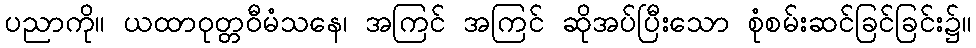
ပညာကို။ ယထာဝုတ္တဝီမံသနေ၊ အကြင် အကြင် ဆိုအပ်ပြီးသော စုံစမ်းဆင်ခြင်ခြင်း၌။